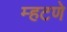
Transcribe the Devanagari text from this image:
म्हटणे